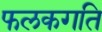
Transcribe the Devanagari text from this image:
फलकगति